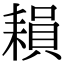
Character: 𦔐